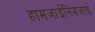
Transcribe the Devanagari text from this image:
हामजाईनिमजाई